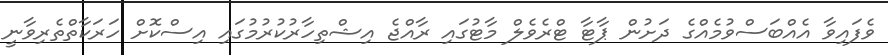
ވެފައިވާ އެއްބަސްވުމެއްގެ ދަށުން ޕާޓާ ޓްރެވެލް މާޓުގައި ރާއްޖެ އިޝްތިހާރުކުރުމުގައި އިސްކޮށް ހަރަކާތްތެރިވާނީ